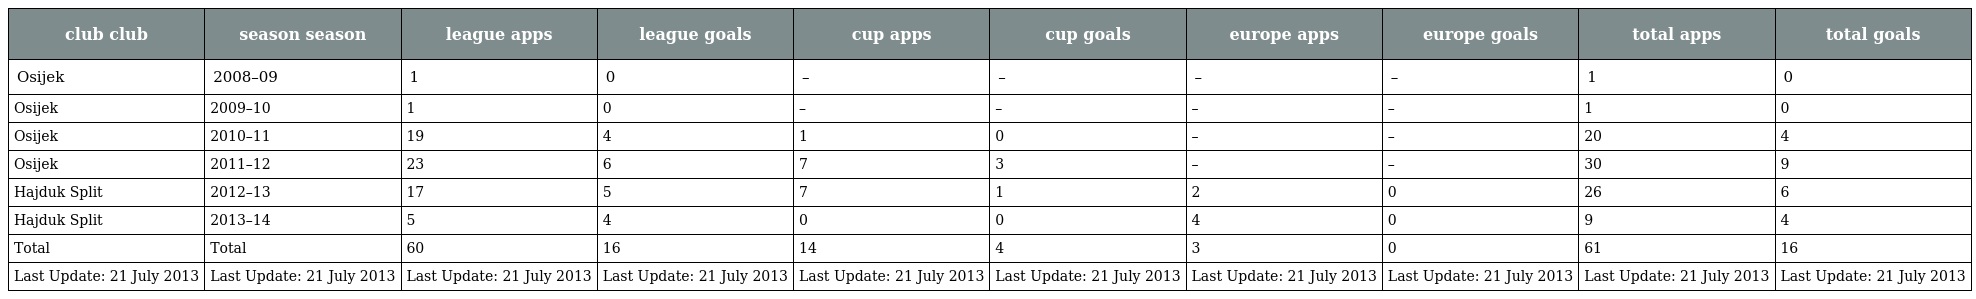
| club club | season season | league apps | league goals | cup apps | cup goals | europe apps | europe goals | total apps | total goals |
 | --- | --- | --- | --- | --- | --- | --- | --- | --- | --- |
 | Osijek | 2008–09 | 1 | 0 | – | – | – | – | 1 | 0 |
 | Osijek | 2009–10 | 1 | 0 | – | – | – | – | 1 | 0 |
 | Osijek | 2010–11 | 19 | 4 | 1 | 0 | – | – | 20 | 4 |
 | Osijek | 2011–12 | 23 | 6 | 7 | 3 | – | – | 30 | 9 |
 | Hajduk Split | 2012–13 | 17 | 5 | 7 | 1 | 2 | 0 | 26 | 6 |
 | Hajduk Split | 2013–14 | 5 | 4 | 0 | 0 | 4 | 0 | 9 | 4 |
 | Total | Total | 60 | 16 | 14 | 4 | 3 | 0 | 61 | 16 |
 | Last Update: 21 July 2013 | Last Update: 21 July 2013 | Last Update: 21 July 2013 | Last Update: 21 July 2013 | Last Update: 21 July 2013 | Last Update: 21 July 2013 | Last Update: 21 July 2013 | Last Update: 21 July 2013 | Last Update: 21 July 2013 | Last Update: 21 July 2013 |